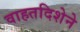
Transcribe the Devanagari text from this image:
वाहतदिशेने